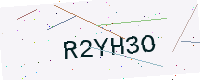
Text: R2YH3O